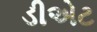
ડીએટ